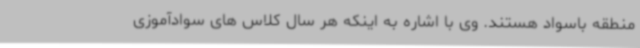
منطقه باسواد هستند. وی با اشاره به اینکه هر سال کلاس های سوادآموزی